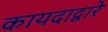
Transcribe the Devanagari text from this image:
कायदाद्वारे